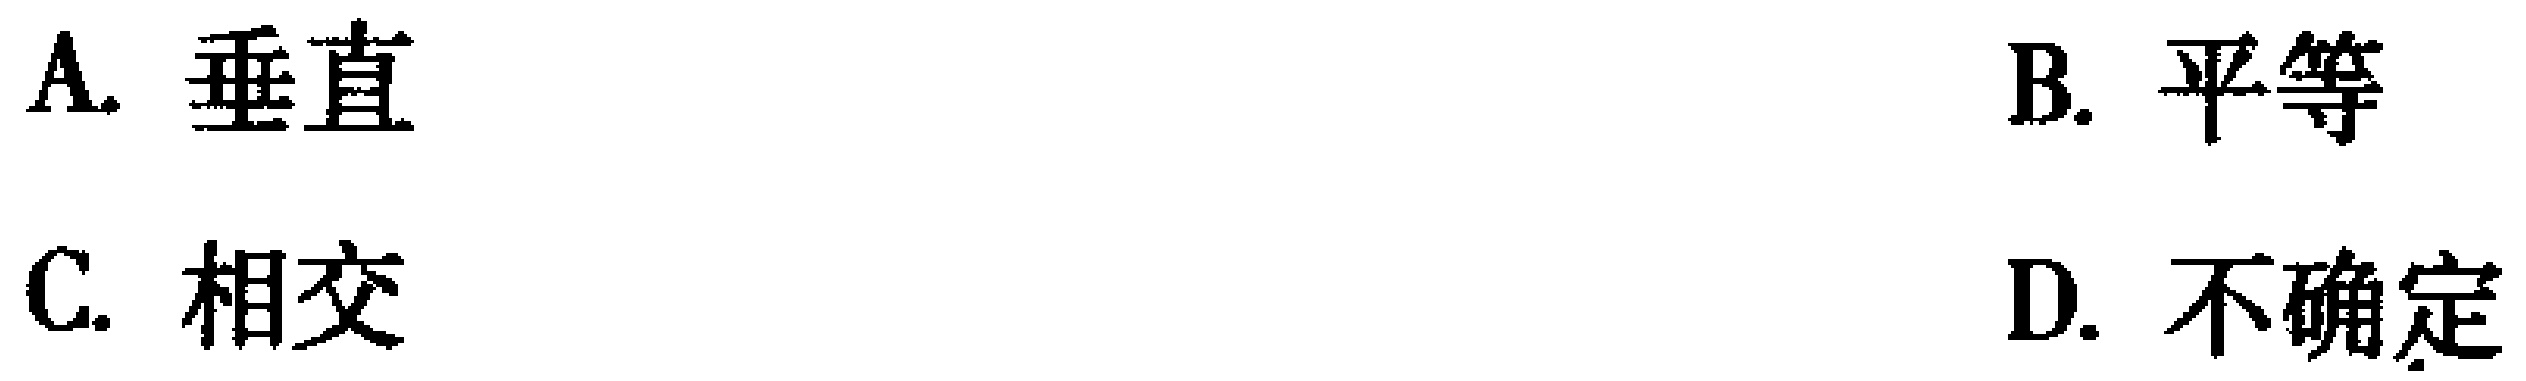
A. 垂直
B. 平等
C. 相交
D. 不确定